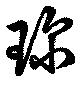
珍